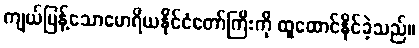
ကျယ်ပြန့်သောမောရိယနိုင်ငံတော်ကြီးကို ထူထောင်နိုင်ခဲ့သည်။